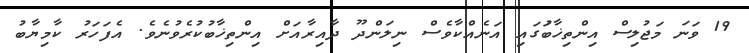
19 ވަނަ މަޖުލިސް އިންތިޚާބުަގައި އަނެއްކާވެސް ނިލަންދޫ ދާއިރާއަށް އިންތިޚާބުކުރެވުނެވެ. އެފަހަރު ކާމިޔާބު